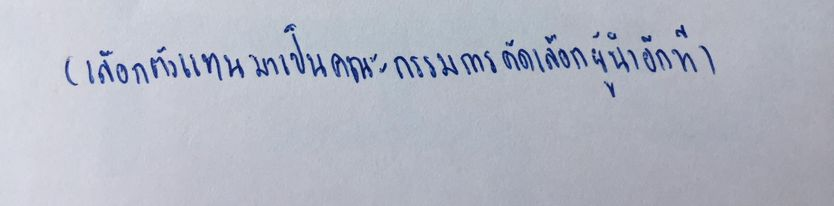
(เลือกตัวแทนมาเป็นคณะกรรมการคัดเลือกผู้นำอีกที)